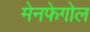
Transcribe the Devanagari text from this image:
मेनफेगोल